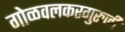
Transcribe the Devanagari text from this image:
गोळवलकरगुरुजी